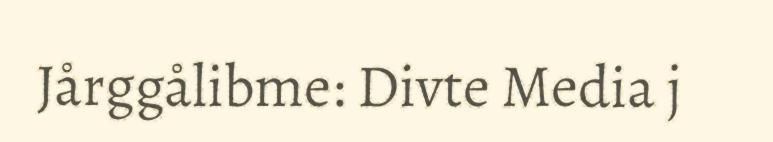
Jårggålibme: Divte Media j